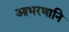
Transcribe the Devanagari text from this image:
आभरणानि